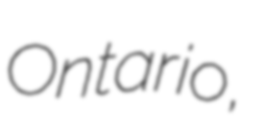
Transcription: Ontario,